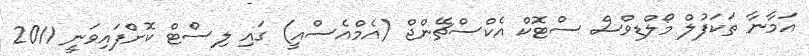
އަމާނާ ތަކަފުލް މޯލްޑިވްސް ސްޓޮކް އެކްސްޗޭންޖް (އެމްއެސްއީ) ގައި ލިސްޓް ކޮށްފައިވަނީ 2011